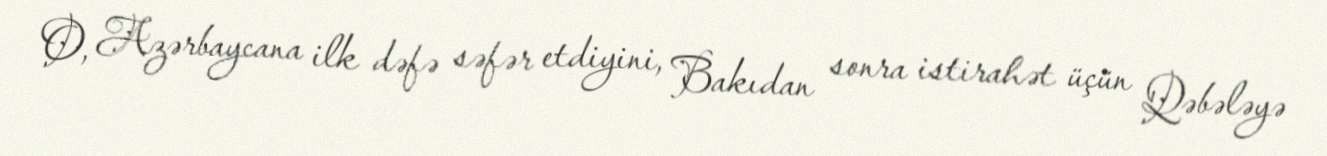
O, Azərbaycana ilk dəfə səfər etdiyini, Bakıdan sonra istirahət üçün Qəbələyə